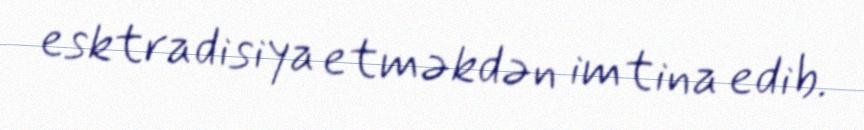
esktradisiya etməkdən imtina edib.